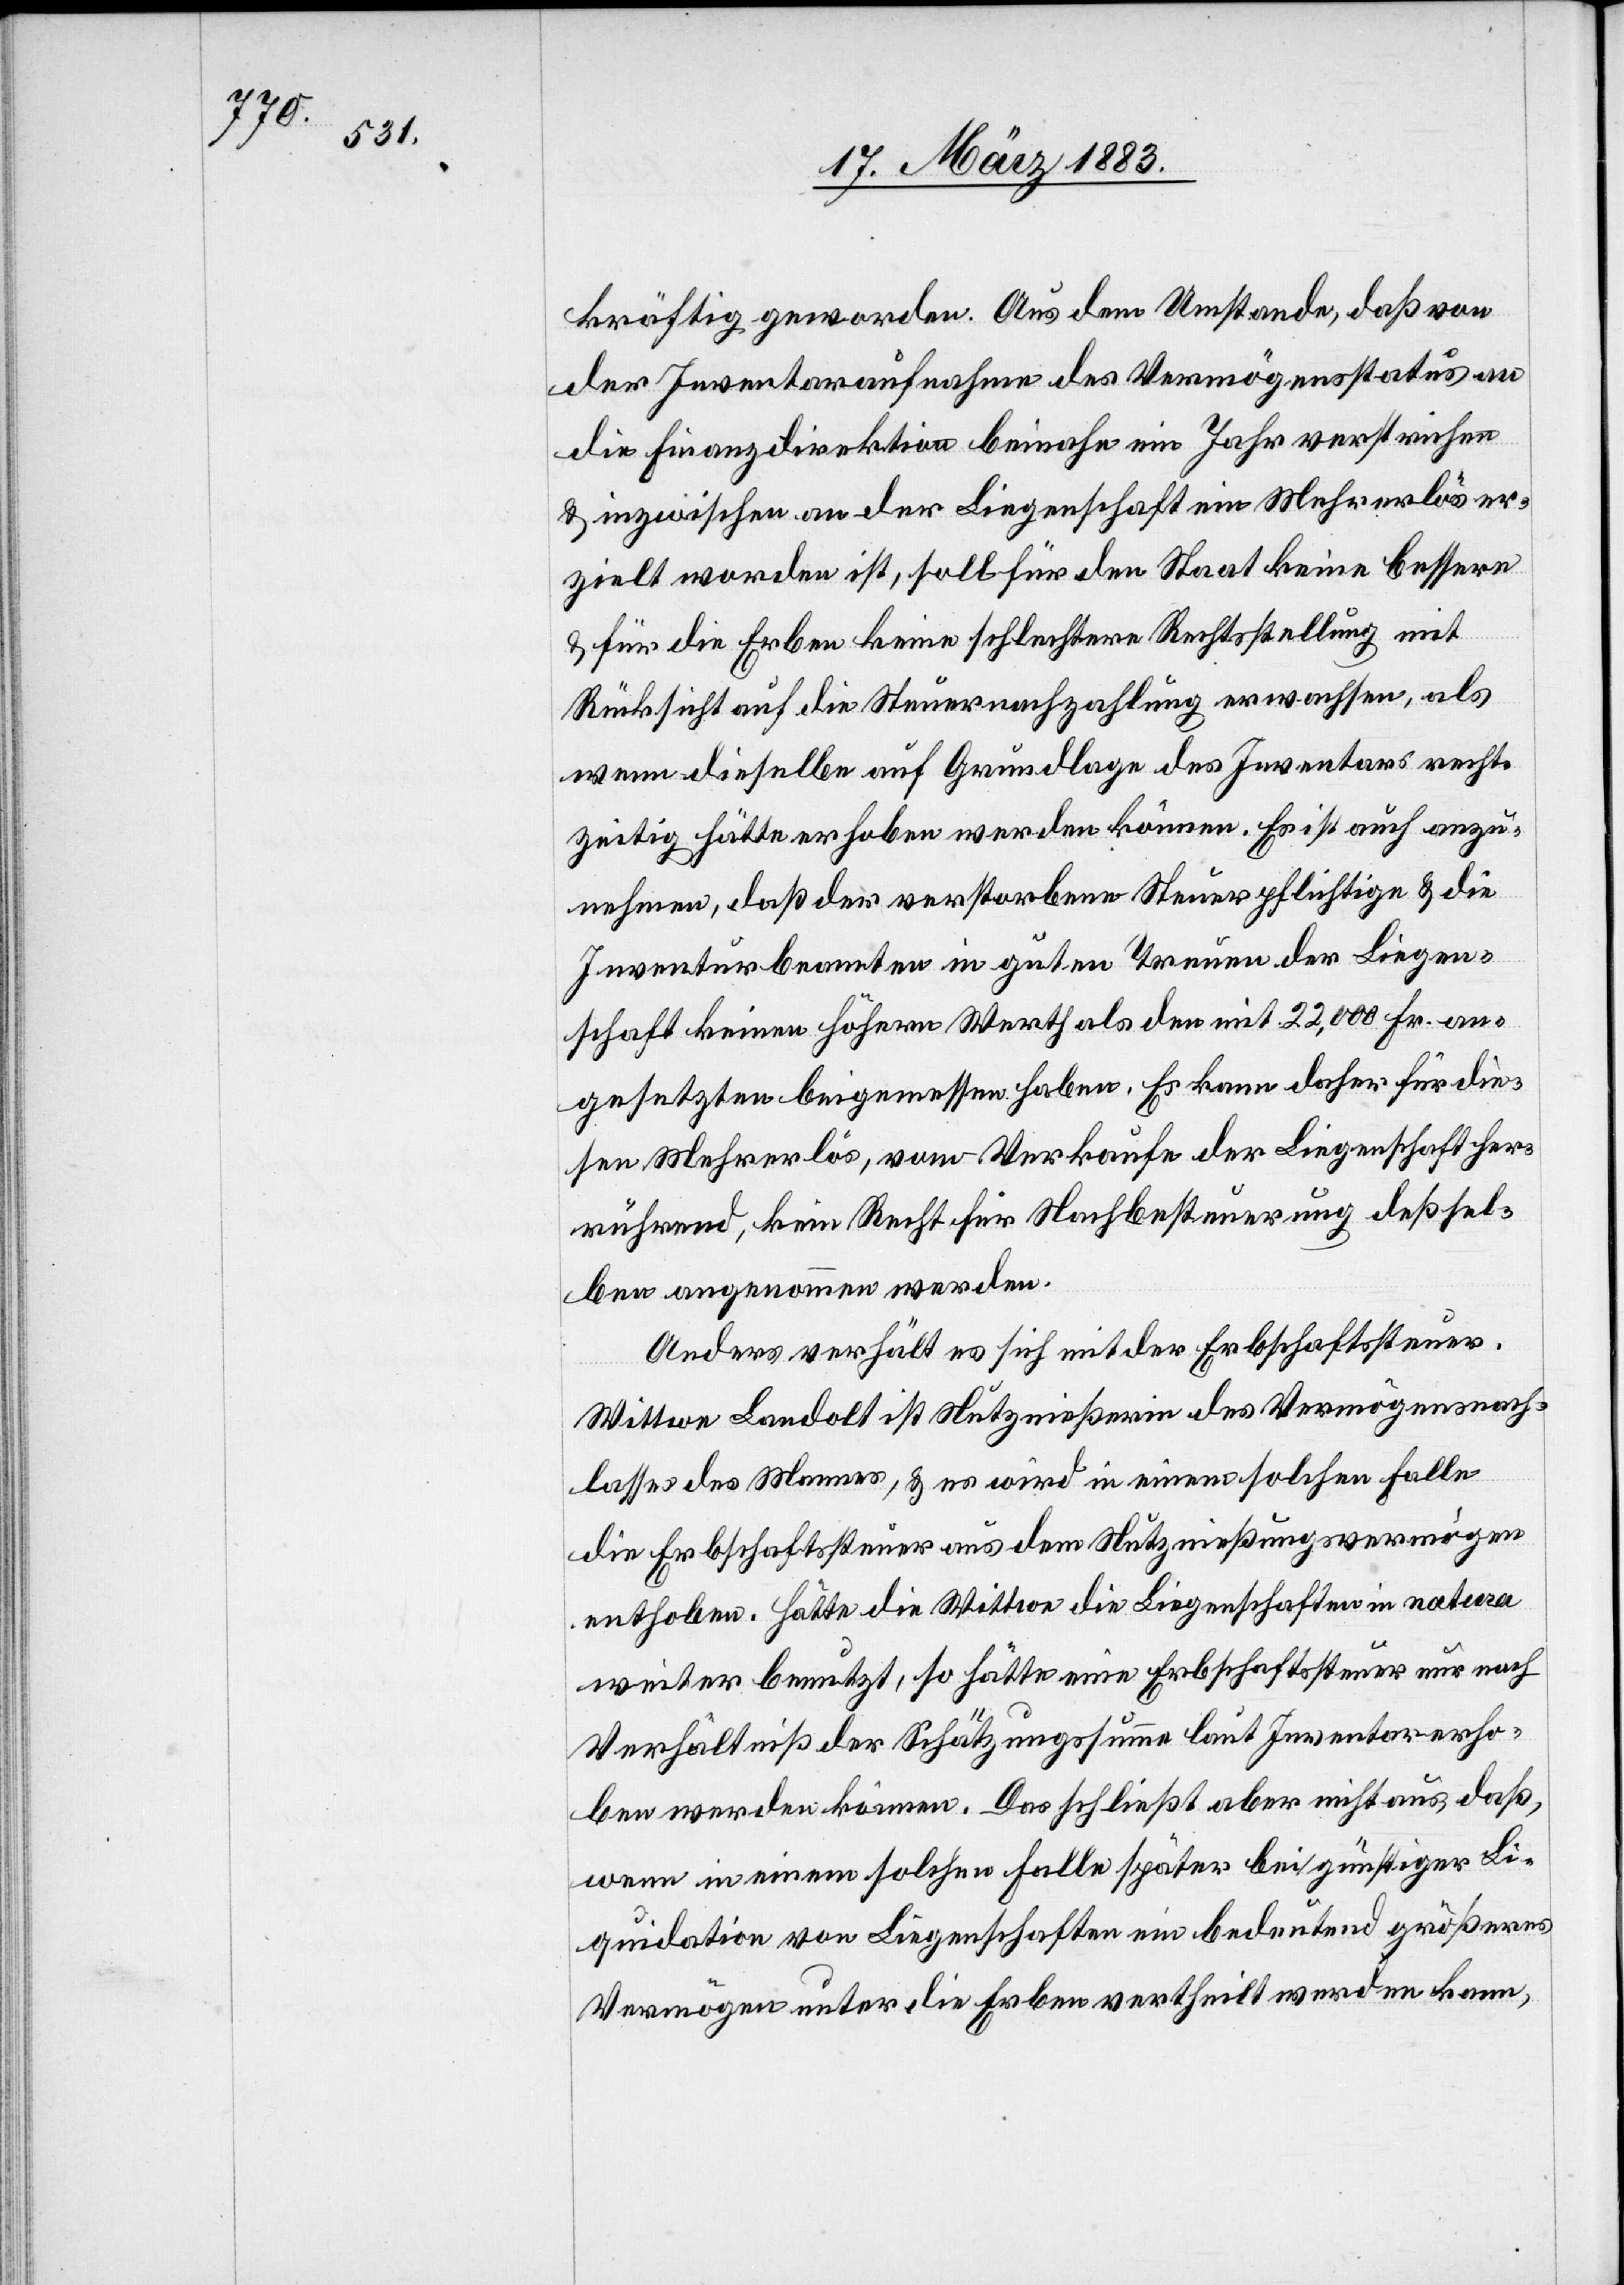
kräftig geworden. Aus dem Umstande, daß von
der Inventaraufnahme des Vermögensstatus an
die Finanzdirektion beinahe ein Jahr verstrichen
& inzwischen an der Liegenschaft ein Mehrerlös er¬
zielt worden ist, soll für den Staat keine bessere
& für die Erben keine schlechtere Rechtsstellung mit
Rücksicht auf die Steuernachzahlung erwachsen, als
wenn dieselbe auf Grundlage des Inventars recht¬
zeitig hätte erhoben werden können. Es ist auch anzu¬
nehmen, daß der verstorbene Steuerpflichtige & die
Inventarbeamten in guten Treuen der Liegen¬
schaft keinen höhern Werth als den mit 22,000 Fr. an¬
gesetzten beigemessen haben. Es kann daher für die¬
sen Mehrerlös, vom Verkaufe der Liegenschaft her¬
rührend, kein Recht für die Nachbesteuerung deßsel¬
ben angenommen werden.
Anders verhält es sich mit der Erbschaftssteuer.
Wittwe Landolt ist Nutznießerin des Vermögensnach¬
lasses des Mannes, & es wird in einem solchen Falle
die Erbschaftssteuer aus dem Nutznießungsvermögen
enthoben. Hätte die Wittwe die Liegenschaften in natura
weiter benutzt, so hätte eine Erbschaftssteuer nur nach
Verhältniß der Schätzungssumme laut Inventar erho¬
ben werden können. Das schließt aber nicht aus, daß,
wenn in einem solchen Falle später bei günstiger Li¬
quidation von Liegenschaften ein bedeutend größeres
Vermögen unter die Erben vertheilt werden kann,